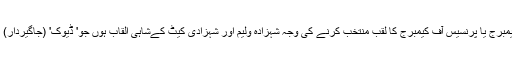
ممکن ہے کہ رائل بے بی کے لیے پرنس آف کیمبرج یا پرنسیس آف کیمبرج کا لقب منتخب کرنے کی وجہ شہزادہ ولیم اور شہزادی کیٹ کےشاہی القاب ہوں جو' ڈیوک' (جاگیردار) اور'ڈچز' (جاگیردارنی) آف کیمبرج کہلاتے ہیں۔